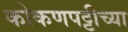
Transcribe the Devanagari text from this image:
कोकणपट्टीच्या